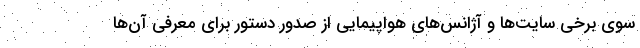
سوی برخی سایت‌ها و آژانس‌های هواپیمایی از صدور دستور برای معرفی آن‌ها